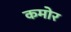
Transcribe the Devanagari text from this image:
कमोर